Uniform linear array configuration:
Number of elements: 24
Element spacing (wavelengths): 0.75
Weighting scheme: uniform
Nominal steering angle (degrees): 0
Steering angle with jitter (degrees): -0.871
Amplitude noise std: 0.05
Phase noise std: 0.05

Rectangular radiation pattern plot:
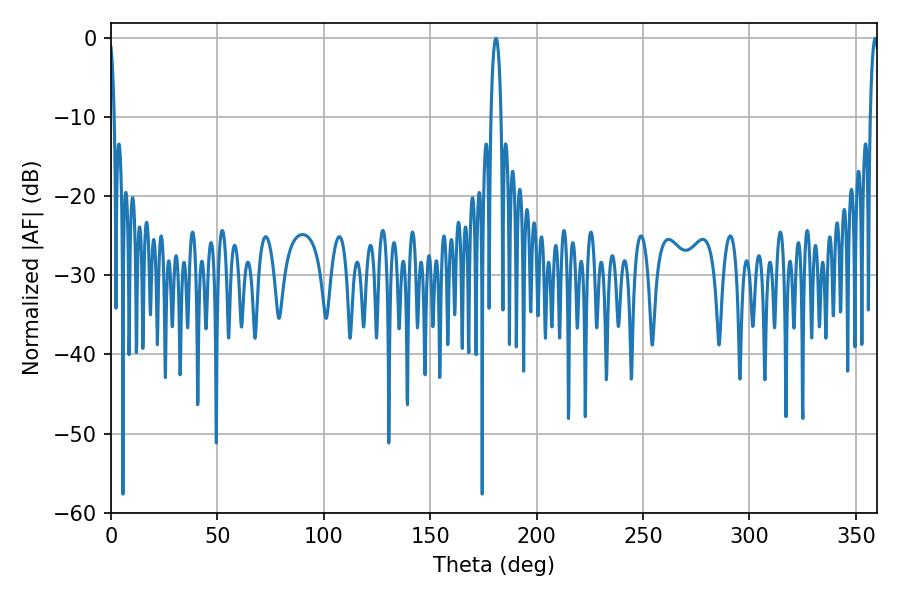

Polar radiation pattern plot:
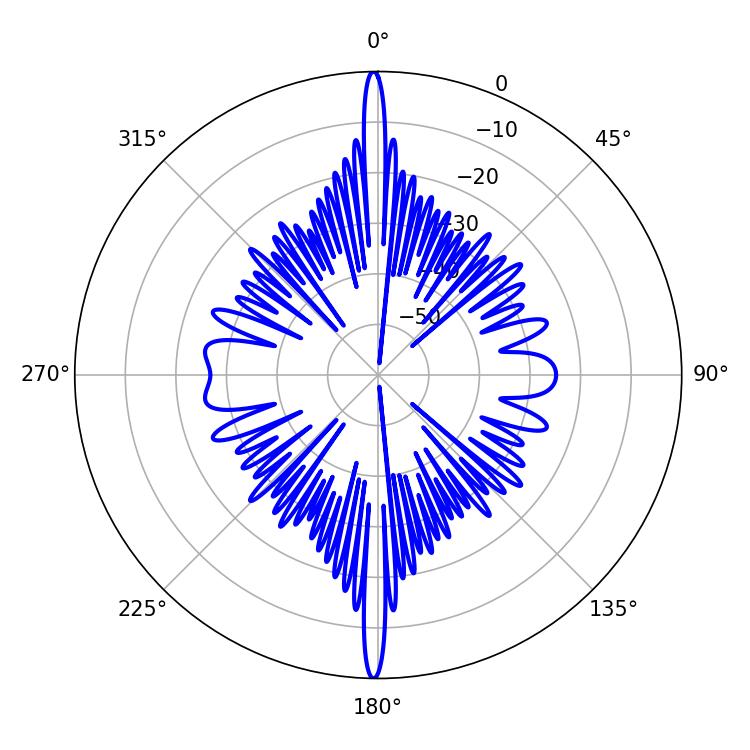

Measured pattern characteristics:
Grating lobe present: TRUE
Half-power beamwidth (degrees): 2.16
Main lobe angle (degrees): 359.1